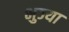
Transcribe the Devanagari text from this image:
भुज्या